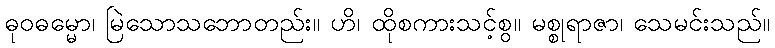
ဓုဝဓမ္မော၊ မြဲသောသဘောတည်း။ ဟိ၊ ထိုစကားသင့်စွ။ မစ္စုရာဇာ၊ သေမင်းသည်။